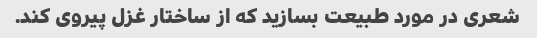
شعری در مورد طبیعت بسازید که از ساختار غزل پیروی کند.